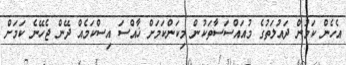
އެހެން ކަމުން ދައުލަތުގެ މުއައްސަސާތަކުން މިކަންކަމަށް ޚާއްސަ އިސްކަމެއް ދޭން ޖެހޭނެ ކަމަށް